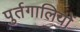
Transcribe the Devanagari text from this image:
पुर्तगालियोें